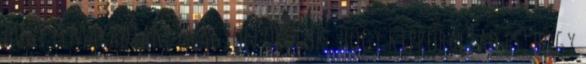
hogy elmaradtam : Nagyon örülök, hogy kipróbáltad és, hogy